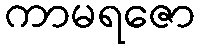
ကာမရဇော